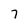
Character: 7